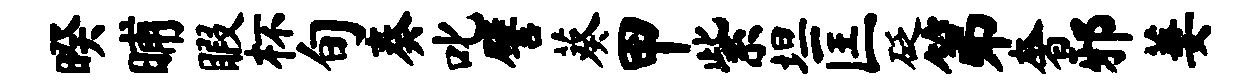
暌晡暇杯旬奏叱譬葵甲紫坦匡砭第奢邪萋